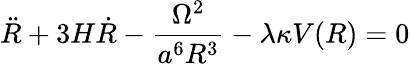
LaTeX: \ddot{R}+3H\dot{R}-\frac{\Omega^{2}}{a^{6}R^{3}}-\lambda\kappa V(R)=0